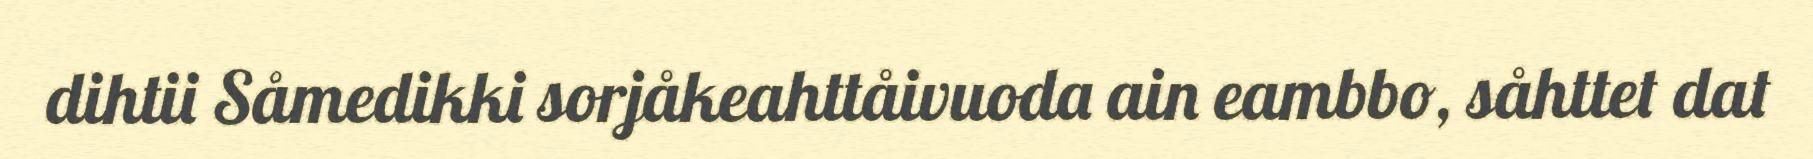
dihtii Såmedikki sorjåkeahttåivuoda ain eambbo, såhttet dat